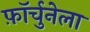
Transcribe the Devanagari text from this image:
फ़ॉर्चुनेला